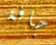
جافة